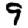
Digit: 9